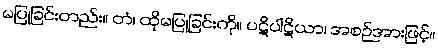
မပြုခြင်းတည်း။ တံ၊ ထိုမပြုခြင်းကို။ ပဋိပါဋိယာ၊ အစဉ်အားဖြင့်။